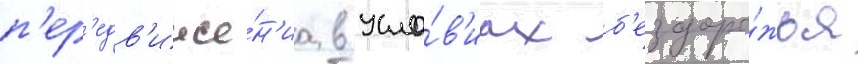
п'ер'едв'иже́н'иа в усло́в'иах б'ездоро́жья